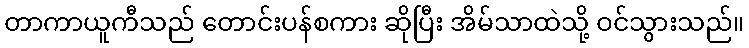
တာကာယူကီသည် တောင်းပန်စကား ဆိုပြီး အိမ်သာထဲသို့ ဝင်သွားသည်။